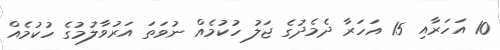
10 އަހަރާއި 15 އަހަރާ ދެމެދުގެ ޖަލު ހުކުމެއް ނުވަތަ އަރުވާލުމުގެ ހުކުމެއް